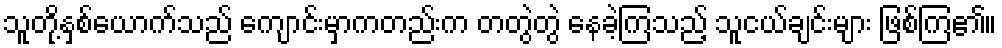
သူတို့နှစ်ယောက်သည် ကျောင်းမှာကတည်းက တတွဲတွဲ နေခဲ့ကြသည့် သူငယ်ချင်းများ ဖြစ်ကြ၏။